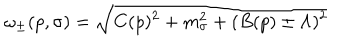
\omega _ { \pm } ( p , \sigma ) = \sqrt { C ( p ) ^ { 2 } + m _ { \sigma } ^ { 2 } + ( B ( p ) \pm \Lambda ) ^ { 2 } }